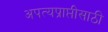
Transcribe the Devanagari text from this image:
अपत्यप्राप्तीसाठी